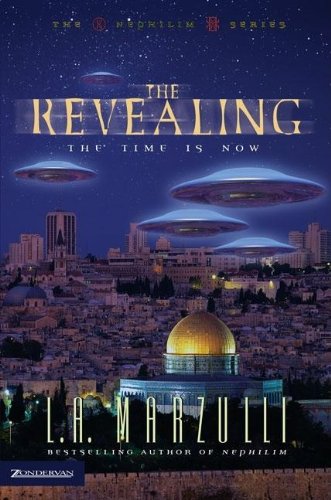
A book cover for The Revealing: The Time Is Now (Nephilim Series Vol. 3); L. A. Marzulli; Religion & Spirituality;